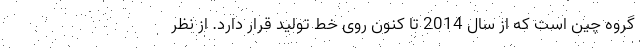
گروه چین است که از سال 2014 تا کنون روی خط تولید قرار دارد. از نظر